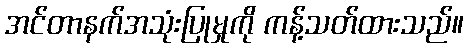
အင်တာနက်အသုံးပြုမှုကို ကန့်သတ်ထားသည်။